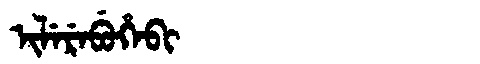
Manchu: ᡳᠯᡝᡵᡝᠪᡠᡥᡝᠪᡳ
Romanization: ILEREBUHEBI